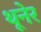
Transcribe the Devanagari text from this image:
थूनेर